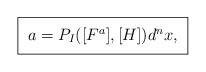
LaTeX: \begin{align*}\setlength{\fboxsep}{7pt}\framebox{$a=P_I([F^a],[H])d^n x,$}\setlength{\fboxsep}{3pt}\end{align*}